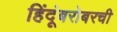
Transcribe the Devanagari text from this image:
हिंदूंबरोबरची